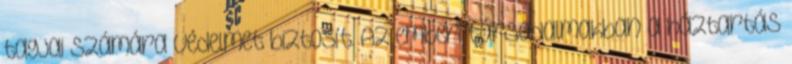
tagjai számára védelmet biztosít. Az emberi társadalmakban a háztartás